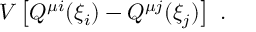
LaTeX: V \left[ Q ^ { \mu i } ( \xi _ { i } ) - Q ^ { \mu j } ( \xi _ { j } ) \right] \ .